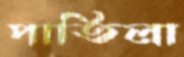
পাতিলা